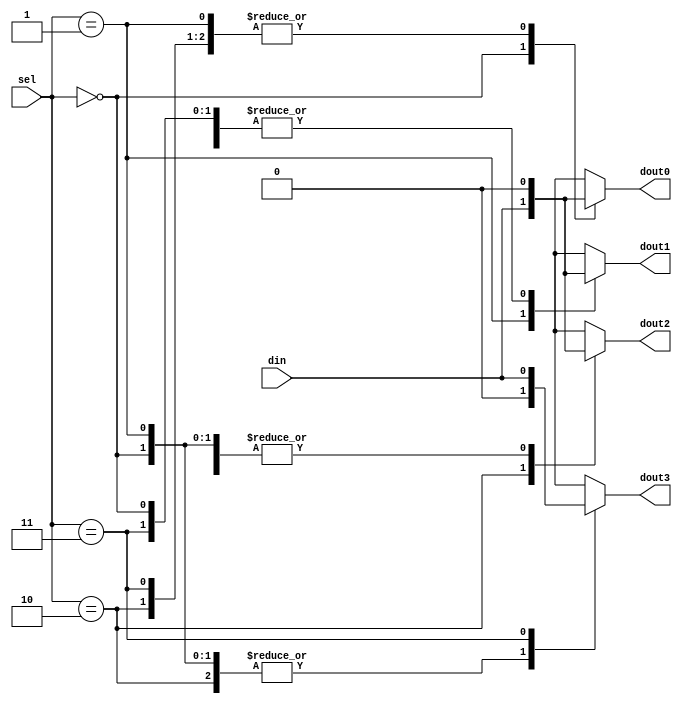
module b1_demux_1_4_case
(
input din ,
input [1:0] sel ,
output reg dout0,
output reg dout1,
output reg dout2,
output reg dout3
);
always @ (*)
	case (sel)
		2'b 00:
		begin
			dout0 = din ;
			dout1 = 0;
			dout2 = 0;
			dout3 = 0;
		end
		2'b 01:
		begin
			dout0 = 0;
			dout1 = din ;
			dout2 = 0;
			dout3 = 0;
		end
		2'b 10:
		begin
			dout0 = 0;
			dout1 = 0;
			dout2 = din ;
			dout3 = 0;
		end
		2'b 11:
		begin
			dout0 = 0;
			dout1 = 0;
			dout2 = 0;
			dout3 = din ;
		end
	endcase
endmodule